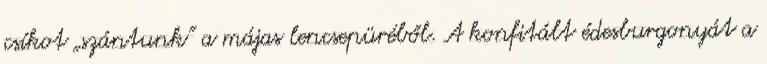
csíkot „szántunk” a májas lencsepüréből. A konfitált édesburgonyát a